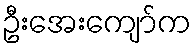
ဦးအေးကျော်က